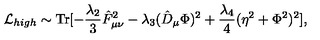
{ \cal L } _ { h i g h } \sim \mathrm { T r } [ - \frac { \lambda _ { 2 } } { 3 } \hat { F } _ { \mu \nu } ^ { 2 } - \lambda _ { 3 } ( \hat { D } _ { \mu } \Phi ) ^ { 2 } + \frac { \lambda _ { 4 } } { 4 } ( \eta ^ { 2 } + \Phi ^ { 2 } ) ^ { 2 } ] ,